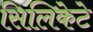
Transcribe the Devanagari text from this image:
सिलिकेटे